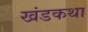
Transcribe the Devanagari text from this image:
खंडकथा